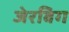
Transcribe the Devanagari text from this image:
जेरबिग